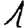
Digit: 1